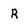
Character: R